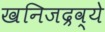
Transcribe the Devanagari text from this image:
खनिजद्रव्ये